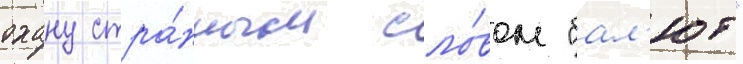
охану стра́нным сло́вом "бал'ют"